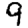
Digit: 9